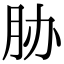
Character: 胁